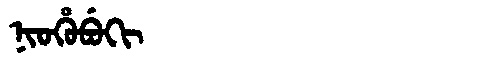
Manchu: ᠨᡳᠣᡥᡠᠪᡠᡴᡳ
Romanization: NIOHUBUKI